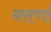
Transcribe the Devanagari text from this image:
नराणां